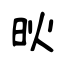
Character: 炚